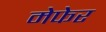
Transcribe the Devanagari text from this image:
मेफेर